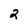
Character: 2